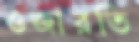
ওজারতি